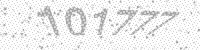
Solution: 101777